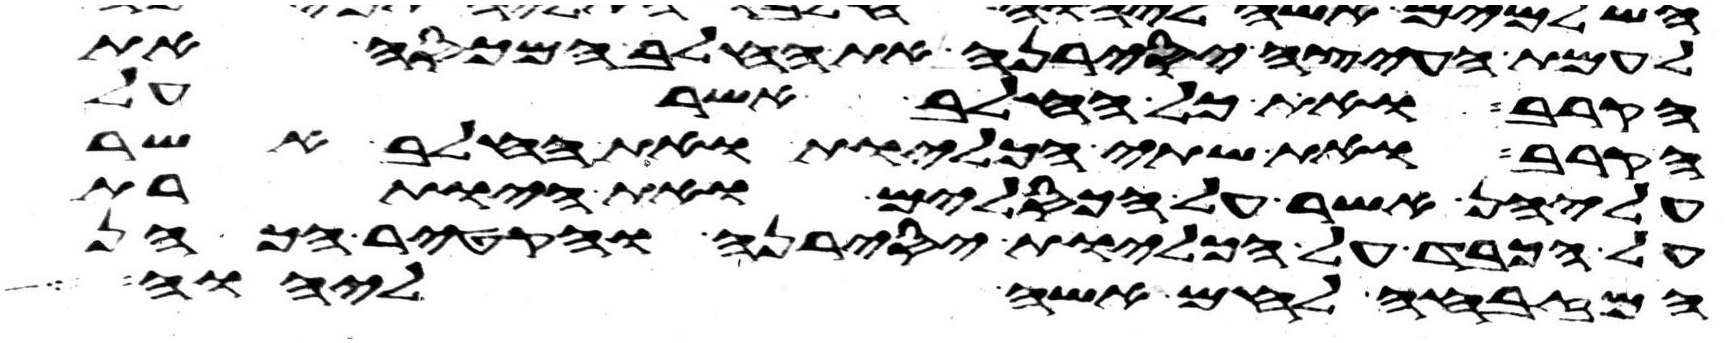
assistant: לעמת העצה יסירנה את החלב המכסה את
הקרב ואת כל החלב אשר על
הקרב ואת שתי הכליות ואת החלב אשר
עליהן אשר על הכסלים ואת היותרת
על הכבד על הכליות יסירנה והקטיר הכהן
המזבחה לחם אשה ליהוה